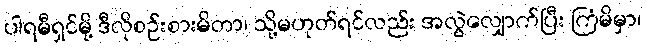
ပါရမီရှင်မို့ ဒီလိုစဉ်းစားမိတာ၊ သို့မဟုတ်ရင်လည်း အလွဲလျှောက်ပြီး ကြံမိမှာ၊